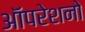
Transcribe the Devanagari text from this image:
ऑपरेशनो